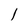
Character: l